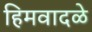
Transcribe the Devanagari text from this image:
हिमवादळे